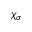
\chi _ { \sigma }